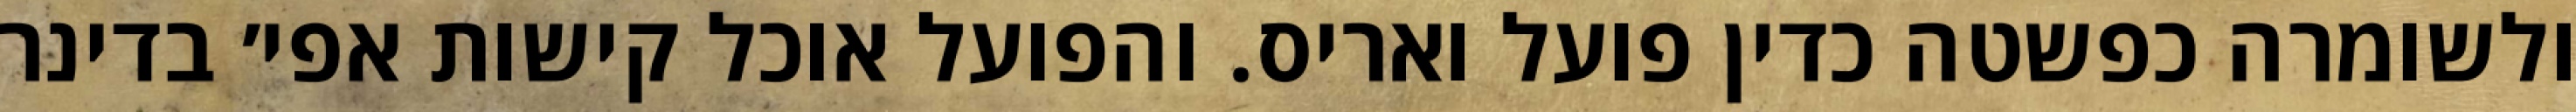
ולשומרה כפשטה כדין פועל ואריס. והפועל אוכל קישות אפי׳ בדינר